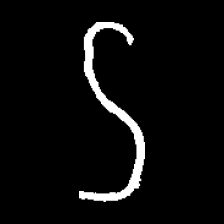
Pyu character \u2014 Myanmar letter: ဌ (romanized: ttha)